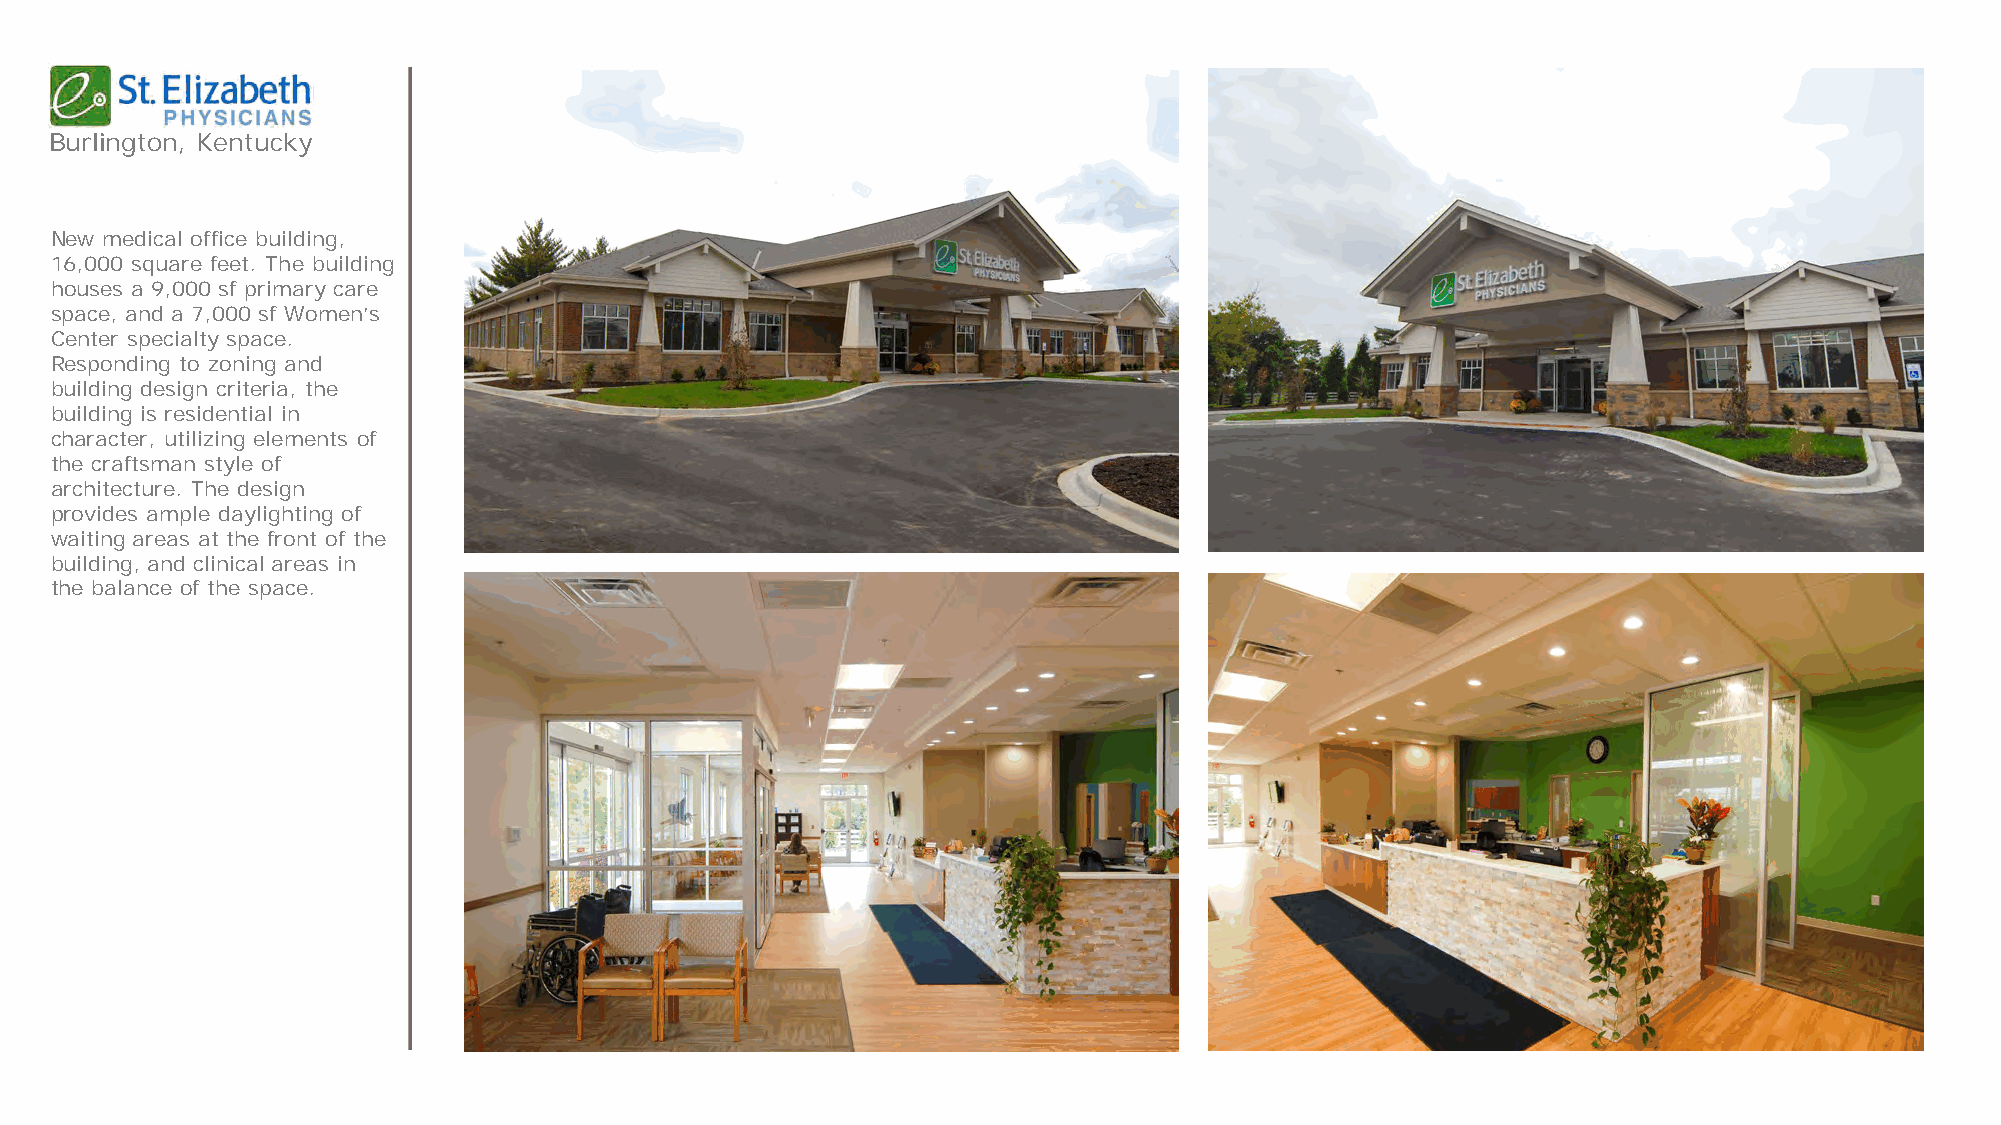
Burlington, Kentucky
 New medical office building,
 16,000 square feet. The building
 houses a 9,000 sf primary care
 space, and a 7,000 sf Women’s
 Center specialty space.
 Responding to zoning and
 building design criteria, the
 building is residential in
 character, utilizing elements of
 the craftsman style of
 architecture. The design
 provides ample daylighting of
 waiting areas at the front of the
 building, and clinical areas in
 the balance of the space.